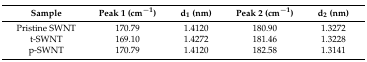
<table><thead><tr><td><b>Sample</b></td><td><b>Peak 1 (cm<sup>−1</sup>)</b></td><td><b>d<sub>1</sub> (nm)</b></td><td><b>Peak 2 (cm<sup>−1</sup>)</b></td><td><b>d<sub>2</sub> (nm)</b></td></tr></thead><tbody><tr><td>Pristine SWNT</td><td>170.79</td><td>1.4120</td><td>180.90</td><td>1.3272</td></tr><tr><td>t-SWNT</td><td>169.10</td><td>1.4272</td><td>181.46</td><td>1.3228</td></tr><tr><td>p-SWNT</td><td>170.79</td><td>1.4120</td><td>182.58</td><td>1.3141</td></tr></tbody></table>